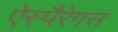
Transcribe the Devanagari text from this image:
ऐस्पैरेगस